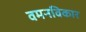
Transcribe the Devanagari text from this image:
वमनविकार